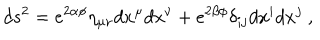
d s ^ { 2 } = e ^ { 2 \alpha \phi } \eta _ { \mu \nu } d x ^ { \mu } d x ^ { \nu } + e ^ { 2 \beta \phi } \delta _ { i j } d x ^ { i } d x ^ { j } \ ,